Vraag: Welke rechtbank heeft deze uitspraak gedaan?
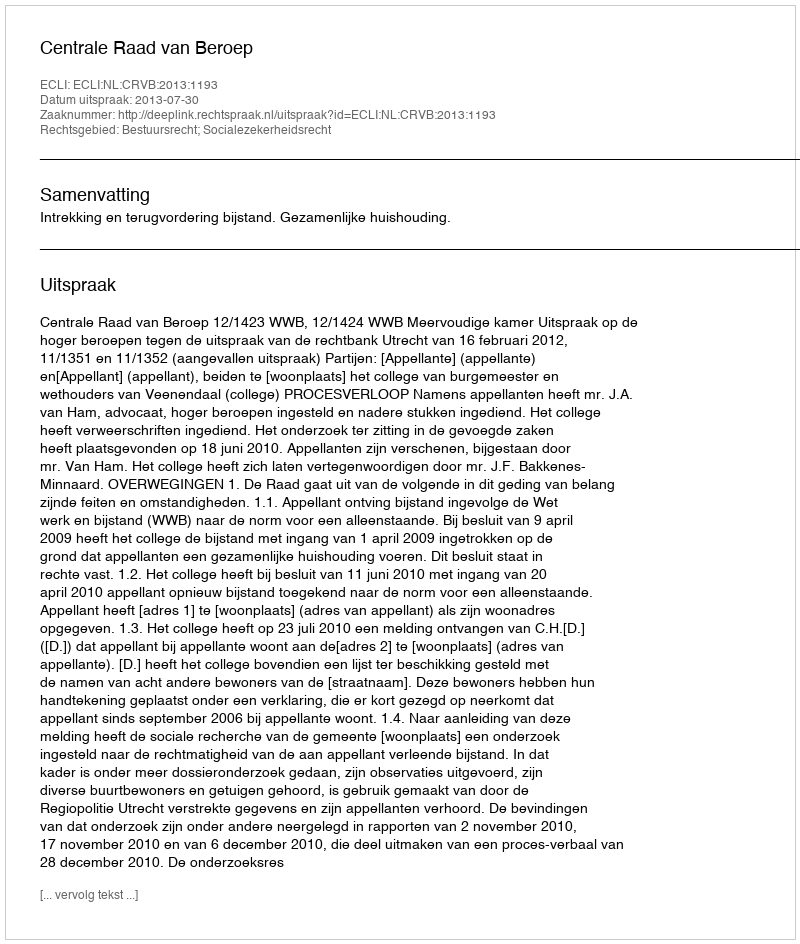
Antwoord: Centrale Raad van Beroep